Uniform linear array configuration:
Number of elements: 12
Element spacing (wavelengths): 1
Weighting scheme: hann
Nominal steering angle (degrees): -30
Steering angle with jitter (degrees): -29.033
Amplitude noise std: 0.05
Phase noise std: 0.05

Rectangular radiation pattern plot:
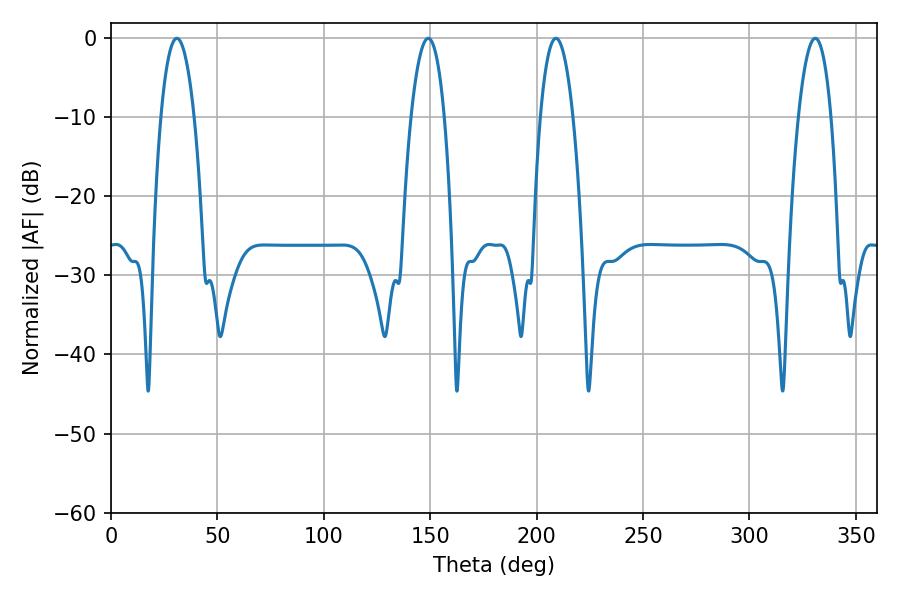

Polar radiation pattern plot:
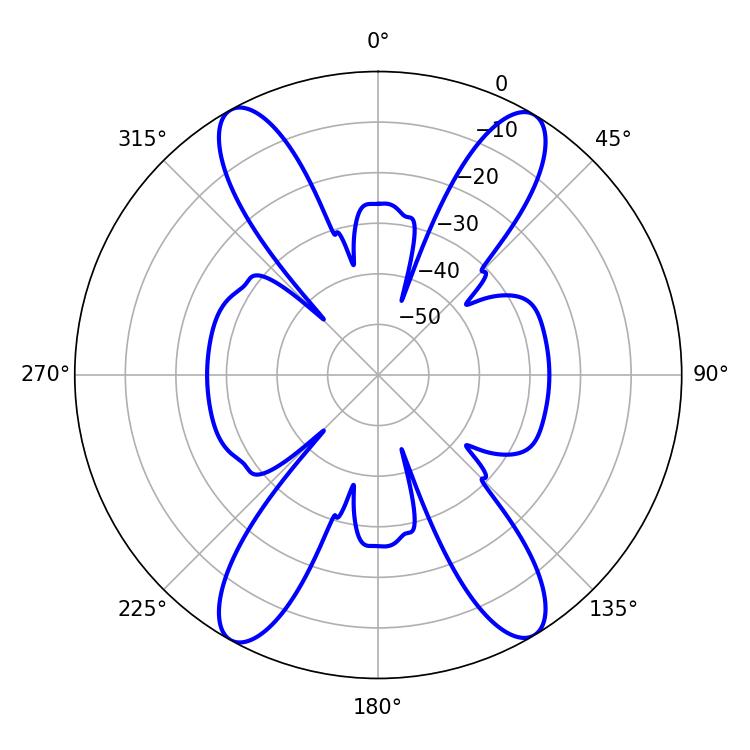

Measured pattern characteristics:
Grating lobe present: TRUE
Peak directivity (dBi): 22.312
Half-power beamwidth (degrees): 8.82
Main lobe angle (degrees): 30.96